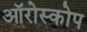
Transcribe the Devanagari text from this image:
ऑरोस्कोप